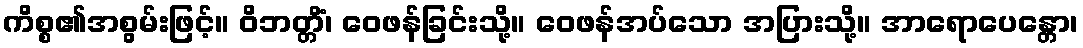
ကိစ္စ၏အစွမ်းဖြင့်။ ဝိဘတ္တိံ၊ ဝေဖန်ခြင်းသို့။ ဝေဖန်အပ်သော အပြားသို့။ အာရောပေန္တော၊